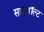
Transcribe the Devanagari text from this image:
साउथॉल्ट